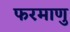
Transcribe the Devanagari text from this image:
फरमाणु